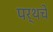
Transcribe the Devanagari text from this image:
पर्थचे